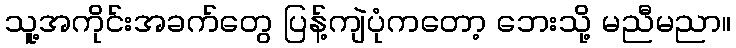
သူ့အကိုင်းအခက်တွေ ပြန့်ကျဲပုံကတော့ ဘေးသို့ မညီမညာ။